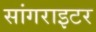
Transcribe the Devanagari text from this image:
सांगराइटर